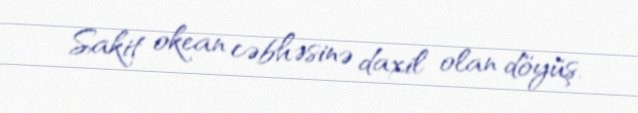
Sakit okean cəbhəsinə daxil olan döyüş.